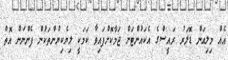
އެއް މިލިއަން ޑޮލަރު ރައީސްގެ އެކައުންޓަށް ޖަމާކޮށްފައިވާ ކަމަކީ ލިޔެކިޔުންތަކުން ފެންނަން އޮތް